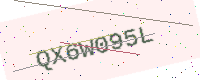
Text: QX6W095L